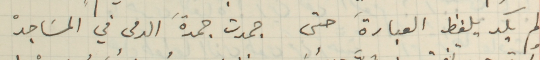
لم يكد يلفظ العبارةَ حتى جمدت جمدةَ الدمى في المسَاجدْ